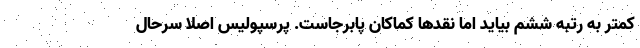
کمتر به رتبه ششم بیاید اما نقدها کماکان پابرجاست. پرسپولیس اصلاً سرحال